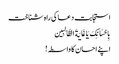
استجابت دعا کی راہ شناخت
بِاِحْسَانِکَ یَا غَایَةَ الطَّالِبِین
اپنے احسان کا واسطہ!